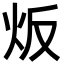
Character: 炍